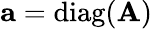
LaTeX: \mathbf{a}=\mathrm{diag}(\mathbf{A})